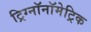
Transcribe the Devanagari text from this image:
ट्रिग्नॉनॉमेट्रिक